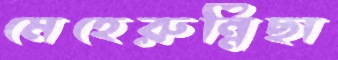
মেহেরুন্নিছা